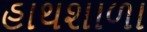
હાથશાળા